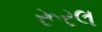
રૂરલ